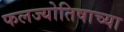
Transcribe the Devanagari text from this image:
फलज्योतिषाच्या